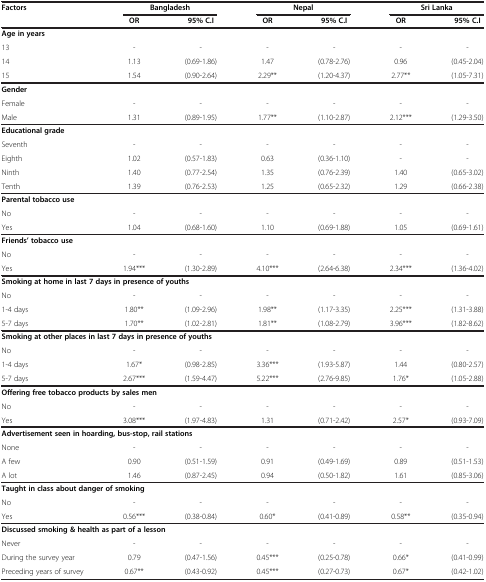
<table><thead><tr><td rowspan="2"><b>Factors</b></td><td colspan="2"><b>Bangladesh</b></td><td colspan="2"><b>Nepal</b></td><td colspan="2"><b>Sri Lanka</b></td></tr><tr><td><b>OR</b></td><td><b>95% C.I</b></td><td><b>OR</b></td><td><b>95% C.I</b></td><td><b>OR</b></td><td><b>95% C.I</b></td></tr></thead><tbody><tr><td colspan="7"><b>Age in years</b></td></tr><tr><td>13</td><td>-</td><td>-</td><td>-</td><td>-</td><td>-</td><td>-</td></tr><tr><td>14</td><td>1.13</td><td>(0.69-1.86)</td><td>1.47</td><td>(0.78-2.76)</td><td>0.96</td><td>(0.45-2.04)</td></tr><tr><td>15</td><td>1.54</td><td>(0.90-2.64)</td><td>2.29**</td><td>(1.20-4.37)</td><td>2.77**</td><td>(1.05-7.31)</td></tr><tr><td colspan="7"><b>Gender</b></td></tr><tr><td>Female</td><td>-</td><td>-</td><td>-</td><td>-</td><td>-</td><td>-</td></tr><tr><td>Male</td><td>1.31</td><td>(0.89-1.95)</td><td>1.77**</td><td>(1.10-2.87)</td><td>2.12***</td><td>(1.29-3.50)</td></tr><tr><td colspan="7"><b>Educational grade</b></td></tr><tr><td>Seventh</td><td>-</td><td>-</td><td>-</td><td>-</td><td>-</td><td>-</td></tr><tr><td>Eighth</td><td>1.02</td><td>(0.57-1.83)</td><td>0.63</td><td>(0.36-1.10)</td><td>-</td><td>-</td></tr><tr><td>Ninth</td><td>1.40</td><td>(0.77-2.54)</td><td>1.35</td><td>(0.76-2.39)</td><td>1.40</td><td>(0.65-3.02)</td></tr><tr><td>Tenth</td><td>1.39</td><td>(0.76-2.53)</td><td>1.25</td><td>(0.65-2.32)</td><td>1.29</td><td>(0.66-2.38)</td></tr><tr><td colspan="7"><b>Parental tobacco use</b></td></tr><tr><td>No</td><td>-</td><td>-</td><td>-</td><td>-</td><td>-</td><td>-</td></tr><tr><td>Yes</td><td>1.04</td><td>(0.68-1.60)</td><td>1.10</td><td>(0.69-1.88)</td><td>1.05</td><td>(0.69-1.61)</td></tr><tr><td colspan="7"><b>Friends’ tobacco use</b></td></tr><tr><td>No</td><td>-</td><td>-</td><td>-</td><td>-</td><td>-</td><td>-</td></tr><tr><td>Yes</td><td>1.94***</td><td>(1.30-2.89)</td><td>4.10***</td><td>(2.64-6.38)</td><td>2.34***</td><td>(1.36-4.02)</td></tr><tr><td colspan="7"><b>Smoking at home in last 7 days in presence of youths</b></td></tr><tr><td>No</td><td>-</td><td>-</td><td>-</td><td>-</td><td>-</td><td>-</td></tr><tr><td>1-4 days</td><td>1.80**</td><td>(1.09-2.96)</td><td>1.98**</td><td>(1.17-3.35)</td><td>2.25***</td><td>(1.31-3.88)</td></tr><tr><td>5-7 days</td><td>1.70**</td><td>(1.02-2.81)</td><td>1.81**</td><td>(1.08-2.79)</td><td>3.96***</td><td>(1.82-8.62)</td></tr><tr><td colspan="7"><b>Smoking at other places in last 7 days in presence of youths</b></td></tr><tr><td>No</td><td>-</td><td>-</td><td>-</td><td>-</td><td>-</td><td>-</td></tr><tr><td>1-4 days</td><td>1.67*</td><td>(0.98-2.85)</td><td>3.36***</td><td>(1.93-5.87)</td><td>1.44</td><td>(0.80-2.57)</td></tr><tr><td>5-7 days</td><td>2.67***</td><td>(1.59-4.47)</td><td>5.22***</td><td>(2.76-9.85)</td><td>1.76*</td><td>(1.05-2.88)</td></tr><tr><td colspan="7"><b>Offering free tobacco products by sales men</b></td></tr><tr><td>No</td><td>-</td><td>-</td><td>-</td><td>-</td><td>-</td><td>-</td></tr><tr><td>Yes</td><td>3.08***</td><td>(1.97-4.83)</td><td>1.31</td><td>(0.71-2.42)</td><td>2.57*</td><td>(0.93-7.09)</td></tr><tr><td colspan="7"><b>Advertisement seen in hoarding, bus-stop, rail stations</b></td></tr><tr><td>None</td><td>-</td><td>-</td><td>-</td><td>-</td><td>-</td><td>-</td></tr><tr><td>A few</td><td>0.90</td><td>(0.51-1.59)</td><td>0.91</td><td>(0.49-1.69)</td><td>0.89</td><td>(0.51-1.53)</td></tr><tr><td>A lot</td><td>1.46</td><td>(0.87-2.45)</td><td>0.94</td><td>(0.50-1.82)</td><td>1.61</td><td>(0.85-3.06)</td></tr><tr><td colspan="7"><b>Taught in class about danger of smoking</b></td></tr><tr><td>No</td><td>-</td><td>-</td><td>-</td><td>-</td><td>-</td><td>-</td></tr><tr><td>Yes</td><td>0.56***</td><td>(0.38-0.84)</td><td>0.60*</td><td>(0.41-0.89)</td><td>0.58**</td><td>(0.35-0.94)</td></tr><tr><td colspan="7"><b>Discussed smoking &amp; health as part of a lesson</b></td></tr><tr><td>Never</td><td>-</td><td>-</td><td>-</td><td>-</td><td>-</td><td>-</td></tr><tr><td>During the survey year</td><td>0.79</td><td>(0.47-1.56)</td><td>0.45***</td><td>(0.25-0.78)</td><td>0.66*</td><td>(0.41-0.99)</td></tr><tr><td>Preceding years of survey</td><td>0.67**</td><td>(0.43-0.92)</td><td>0.45***</td><td>(0.27-0.73)</td><td>0.67*</td><td>(0.42-1.02)</td></tr></tbody></table>